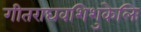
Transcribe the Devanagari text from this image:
गीतराघवशिशुकेलिः